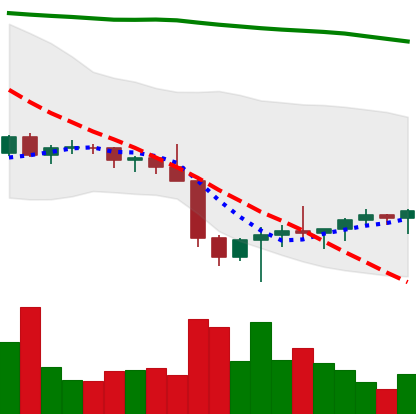
Ticker: BTC-USD
Chart end date: 2022-01-31
Forward return: 7.687%
Label: up_7plus